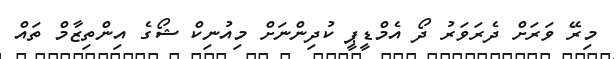
މިރޭ ވަރަށް ދެރަވަރު ދޯ އެމްޑީޕީ ކުދިންނަށް މިއުނިކް ޝޯގެ އިންތިޒާމް ތައް